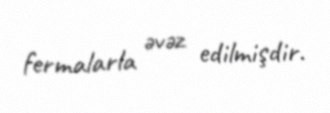
fermalarla əvəz edilmişdir.